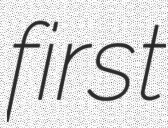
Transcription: first